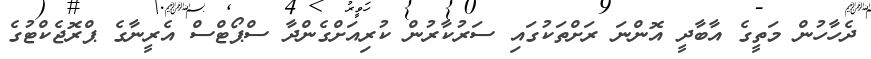
ދެހާހުން މަތީގެ އާބާދީ އޮންނަ ރަށްތަކުގައި ސަރުކާރުން ކުރިއަށްގެންދާ ސްޕޯޓްސް އެރީނާގެ ޕްރޮޖެކްޓުގެ